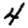
Digit: 4